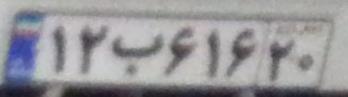
۱۲ب۶۱۶۲۰